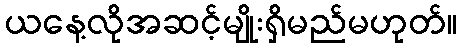
ယနေ့လိုအဆင့်မျိုးရှိမည်မဟုတ်။